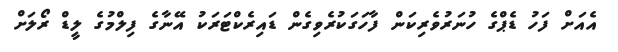
އެއަށް ފަހު ޑެޕްގެ ހުނަރުވެރިކަން ފާހަގަކުރެވިގެން ޑައިރެކްޓަރަކު އޭނާގެ ފިލްމުގެ ލީޑް ރޯލަށް